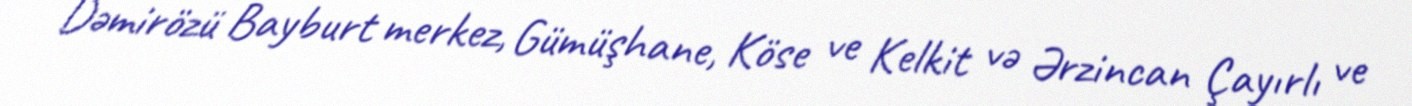
Dəmirözü Bayburt merkez, Gümüşhane, Köse ve Kelkit və Ərzincan Çayırlı ve